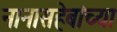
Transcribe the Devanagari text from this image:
नानासहेबांच्या